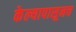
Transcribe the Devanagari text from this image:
केल्यापासूनच